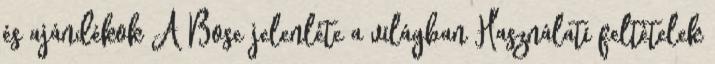
és ajándékok A Bose jelenléte a világban Használati feltételek